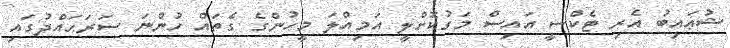
ޝުޢައިބު އެރި ޓެކްސީ އައިސް މަގުކޮށްލީ އަމިއްލަ މީހުންގެ ގެތައް ހުންނަ ސަރަޙައްދުގައި